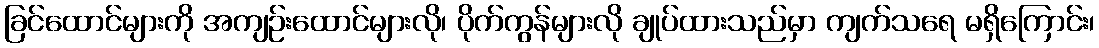
ခြင်ထောင်များကို အကျဉ်းထောင်များလို၊ ပိုက်ကွန်များလို ချုပ်ထားသည်မှာ ကျက်သရေ မရှိကြောင်း၊